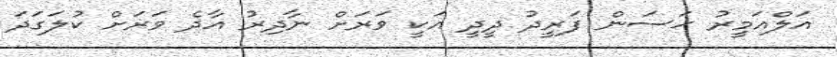
އަލްއަމީރު ޙަސަން ފަރީދު ދީދީ އަކީ ވަރަށް ނާދިރު އާދެ ވަރަށް ކުލަގަދަ